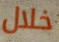
خلال